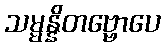
သမ္မန္နိတဗ္ဗောပေ